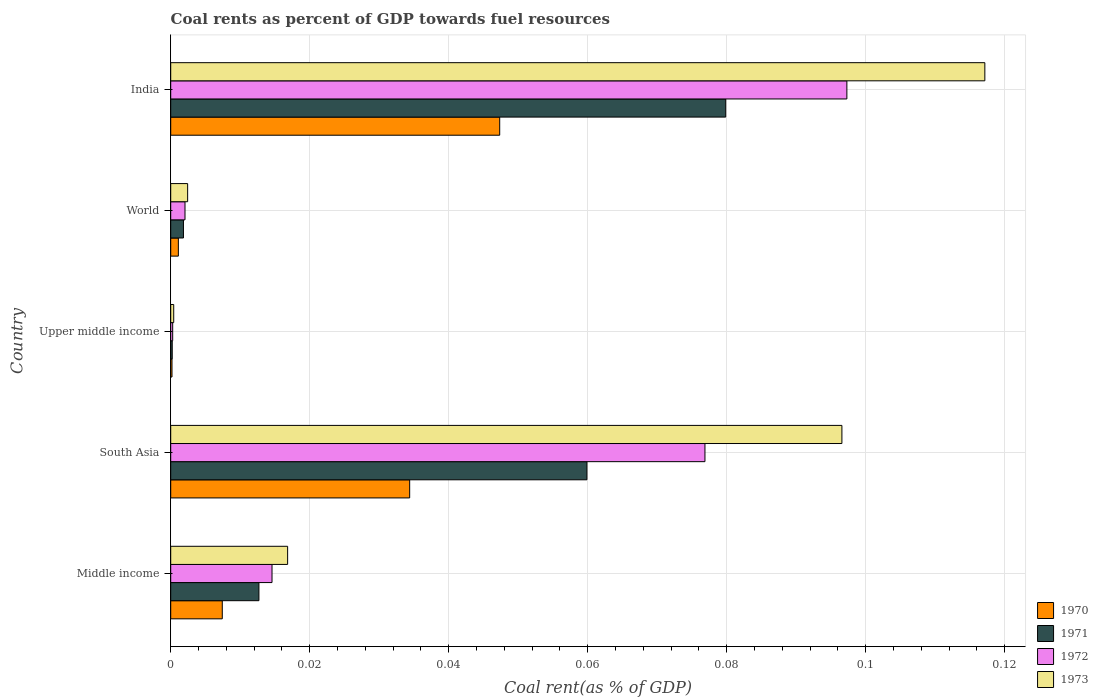
| Country | 1970 | 1971 | 1972 | 1973 |
 | --- | --- | --- | --- | --- |
 | Middle income | 0.00742 | 0.0127 | 0.0146 | 0.0168 |
 | South Asia | 0.0344 | 0.0599 | 0.0769 | 0.0966 |
 | Upper middle income | 0.000184 | 0.000219 | 0.000284 | 0.000431 |
 | World | 0.0011 | 0.00183 | 0.00206 | 0.00244 |
 | India | 0.0473 | 0.0799 | 0.0973 | 0.117 |